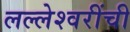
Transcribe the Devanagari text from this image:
लल्लेश्वरींची